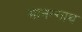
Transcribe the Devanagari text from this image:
मानन्गाथ